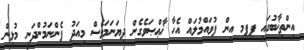
އިންތިޚާބުގައި ޕޕމ އިން ފުވައްމުލައް އެހާ ޚާޢްޞަވެގެން ދިޔަނަމަވެސް މިއަދު ފެންނަމުންދަނީ މުޅިން